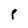
Character: P